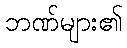
ဘဏ်များ၏